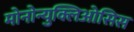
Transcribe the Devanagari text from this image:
मोनोन्युक्लिओसिस